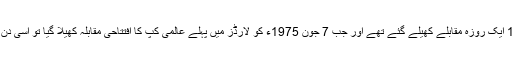
اپنی طرز کے اس پہلے ٹورنامنٹ کے آغاز سے قبل چار سالوں میں محض 18 ایک روزہ مقابلے کھیلے گئے تھے اور جب 7 جون 1975ء کو لارڈز میں پہلے عالمی کپ کا افتتاحی مقابلہ کھیلا گیا تو اسی دن اندازہ ہوگیا تھا کہ دنیا نے ابھی محدود اوورز کی کرکٹ کا مزاج نہیں سمجھا۔